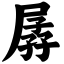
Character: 孱